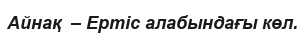
Айнақ  – Ертіс алабындағы көл.